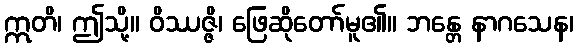
ဣတိ၊ ဤသို့။ ဝိဿဇ္ဇိ၊ ဖြေဆိုတော်မူ၏။ ဘန္တေ နာဂသေန၊